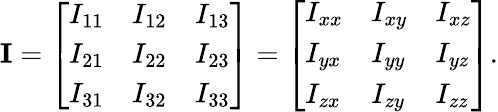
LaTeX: \mathbf{I}={\left[\begin{array}{lll}{I_{11}}&{I_{12}}&{I_{13}}\\ {I_{21}}&{I_{22}}&{I_{23}}\\ {I_{31}}&{I_{32}}&{I_{33}}\end{array}\right]}={\left[\begin{array}{lll}{I_{xx}}&{I_{xy}}&{I_{xz}}\\ {I_{yx}}&{I_{yy}}&{I_{yz}}\\ {I_{zx}}&{I_{zy}}&{I_{zz}}\end{array}\right]}.